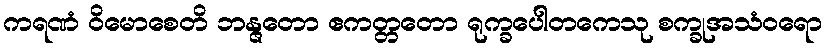
ကရဏံ ဝိမောစေတိ ဘန္ဇတော ဧကတ္တတော ရုက္ခပေါတကေသု စက္ခုအသံဝရော